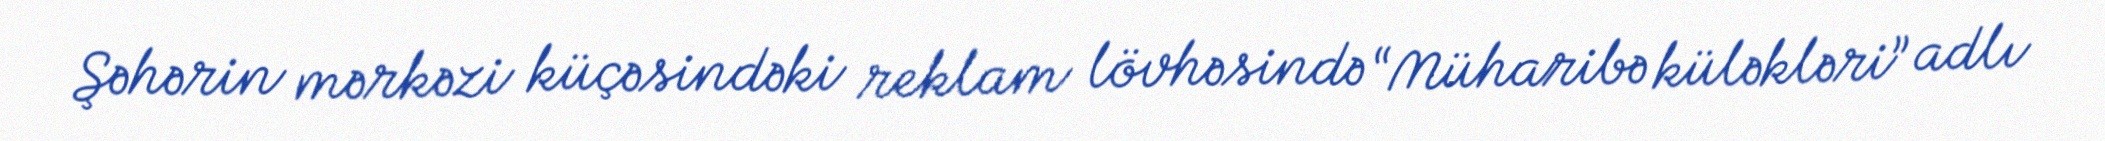
Şəhərin mərkəzi küçəsindəki reklam lövhəsində “Müharibə küləkləri” adlı